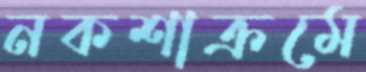
নকশাক্রমে